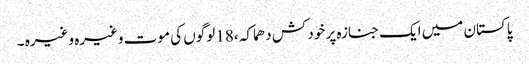
پاکستان میں ایک جنازہ پر خود کش دھماکہ ،18 لوگوں کی موت وغیرہ وغیرہ ۔